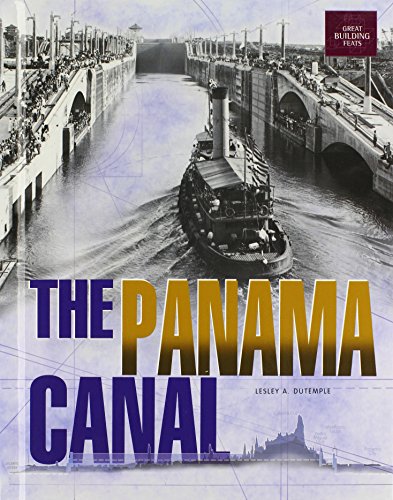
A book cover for The Panama Canal (Great Building Feats); Lesley A. DuTemple; Children's Books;